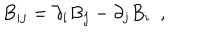
B _ { i j } = \partial _ { i } B _ { j } - \partial _ { j } B _ { i } ~ ~ ,